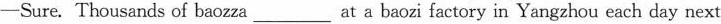
─Sure. Thousands of baozza_at a baozi factory in Yangzhou each day next